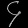
Digit: ၄